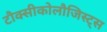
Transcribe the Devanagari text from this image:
टौक्सीकोलौजिस्ट्स